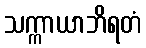
သက္ကာယာဘိရတံ